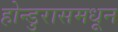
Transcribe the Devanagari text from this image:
होन्डुरासमधून